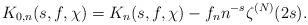
LaTeX: \begin{align*}K_{0,n}(s,f,\chi) = K_n(s,f,\chi)-f_nn^{-s}\zeta^{(N)}(2s).\end{align*}